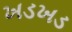
ખડખડ